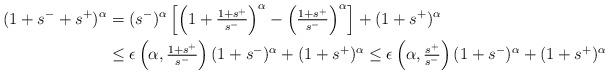
LaTeX: \begin{align*}(1+s^-+s^+)^\alpha &= (s^-)^{\alpha} \left[\left(1+\tfrac{1+s^+}{s^-}\right)^{\alpha} - \left(\tfrac{1+s^+}{s^-}\right)^{\alpha}\right] + (1+s^+)^{\alpha} \\&\leq \epsilon\left(\alpha,\tfrac{1+s^+}{s^-}\right)(1+s^-)^\alpha + (1+s^+)^\alpha \leq \epsilon\left(\alpha,\tfrac{s^+}{s^-}\right)(1+s^-)^\alpha + (1+s^+)^\alpha\end{align*}